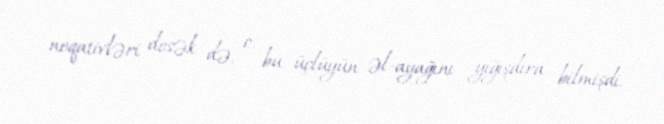
neqativləri desək də, o, bu üçlüyün əl-ayağını yığışdıra bilmişdi.